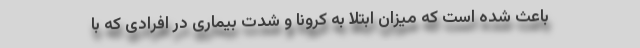
باعث شده است که میزان ابتلا به کرونا و شدت بیماری در افرادی که با